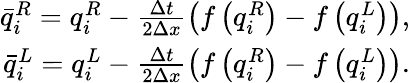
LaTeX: \begin{array}{r}{\bar{q}_{i}^{R}=q_{i}^{R}-\frac{\Delta t}{2\Delta x}\left(f\left(q_{i}^{R}\right)-f\left(q_{i}^{L}\right)\right),}\\ {\bar{q}_{i}^{L}=q_{i}^{L}-\frac{\Delta t}{2\Delta x}\left(f\left(q_{i}^{R}\right)-f\left(q_{i}^{L}\right)\right).}\end{array}